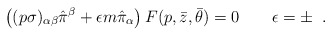
\begin{align*}\left((p\sigma)_{\alpha\beta}\hat{\pi}^\beta+\epsilon m\hat{\pi}_\alpha\right)F(p,\bar{z},\bar\theta)=0\qquad\epsilon=\pm\;\;.\end{align*}